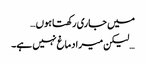
میں جاری رکھتا ہوں…
… لیکن میرا دماغ نہیں ہے۔